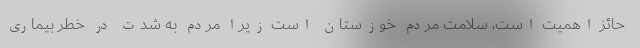
حائز اهمیت است، سلامت مردم خوزستان است زیرا مردم به شدت در خطر بیماری